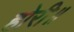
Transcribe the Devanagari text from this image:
होरी॥